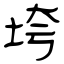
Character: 垮